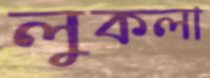
লুকলা